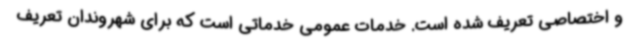
و اختصاصی تعریف شده است. خدمات عمومی خدماتی است که برای شهروندان تعریف